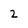
Character: 2